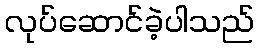
လုပ်ဆောင်ခဲ့ပါသည်